Vaccination in the Punjab 1905-1918 - 1905-1918
Year: 1905
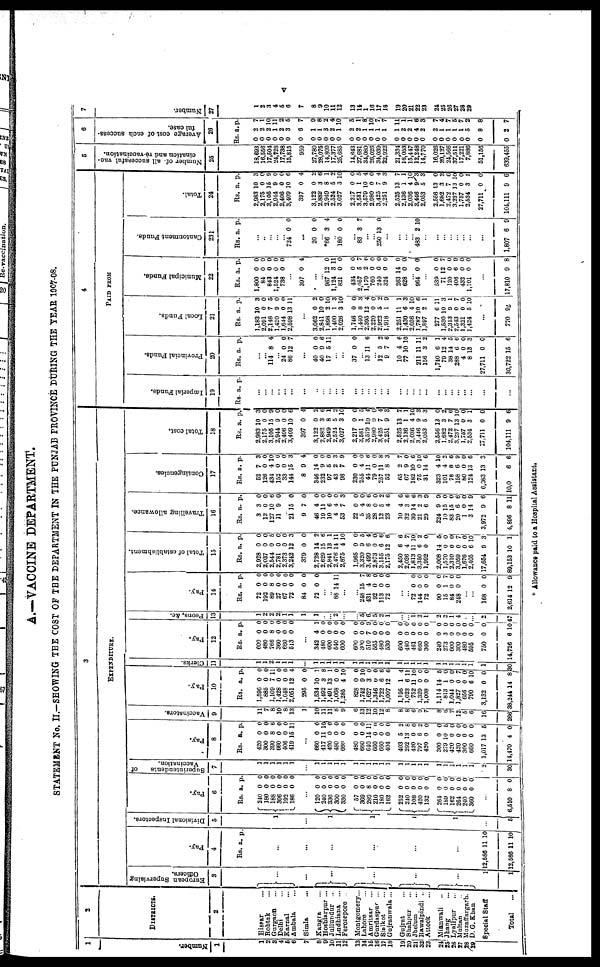
v
A.—VACCINE DEPARTMENT.
STATEMENT No. II.—SHOWING THE COST OF THE DEPARTMENT IN THE PUNJAB PROVINCE DURING THE YEAR 1907-08.
1
Number.
1
1
2
3
4
5
6
7
8
9
10
11
12
13
14
15
16
17
18
19
20
21
22
23
24
25
26
27
28
29
2
DISTRICTS.
2
Hissar ...
Rohtak ...
Gurgaon ...
Delhi ...
Karnal
...
Ambala ...
Simla ...
Kangra ...
Hoshiarpur ...
Jullundur ...
Ludhiana ...
Ferozepore ..
Montgomery...
Lahore ...
Amritsar ...
Gurdaspur ...
Sialkot ...
Gujranwala...
Gujrat ...
Shahpur ...
Jhelum ...
Rawalpindi ..
Attock ...
Mianwali ...
Jhang ...
Lyallpur ...
Multan ...
Muzaffargarh.
D. G. Khan
Special Staff
Total ...
3
EXPENDITURE.
European Supervising
Officers.
3
...
...
...
...
...
...
1
1
Pay.
4
Rs. a. p.
...
...
...
...
...
...
12,586
12,586
11
11
10
10
Divisional Inspectors.
5
1
...
1
1
1
1
...
5
Pay.
6
Rs.
240
180
188
306
192
186
a.
0
0
0
0
0
0
p.
0
0
0
0
0
0
...
120
240
330
300
330
57
360
280
210
180
162
252
240
105 420
132
264
160
162
264
240
360
0
0
0
0
0
0
0
8
0
0
0
0
0
0 0
0
0
0
0
0
0
0
0
0
0
0
0
0
0
0
0
0
0
0
0
0
0
0
0
0 0
0 0
0
...
6,610 8 0
Superintendents
of
Vaccination.
7
1
1
1
1
1
1
...
1
1
1
1
1
1
1
1
1
1
1
1
1
1
1
1
1
1 1 1
1
2
30
Pay.
8
Rs.
420
300
390
660
406
419
a.
0
0 8
0
0
15
p.
0
0
6
0
0
11
...
660
417
420
480
660
480
660
640
660
660
404
403
292
420 797
420
300
279
420
420
300
660
1,017
14,470
0
11
0
0
0
0
0
14
0
0
0
5
13
0 6
0
0
10
0
0
0
0
13
4
0
10
0
0
0
0
0
11 0
0
0
2
8
0
2
0
0
5
0
0
0
0
5
0
Vaccinators.
9
11
7
8
10
8
13
1
10
11
11
8
9
6
13
12
10
12
8
8
8
6
9
7
8
6
7
12
5
6
16
266
Pay.
10
Rs.
1,596
885
1,109
1,428
1,048
2,051
295
1,534
1,492
1,491
1,068
1,285
828
1,742
1,627
1,346
1,722
1,007
1,195
1,023
752
1,320
1,008
1,114
813
1,044
1,827
656
790
3,132
38,244
a.
0
0
7
0
0
12
0
10
3
13
0
4
0
9
3
0
6
12
1
6
11
0
0
14
1
0
0
0
0
0
14
p.
0
0
11
0
0
4
0
1
8
1
0
10
0
10
0
0
6
6
4
11
10
0
0
5
0
0
7
0
10
0
8
Clerks.
11
1
1
2
1
1
1
...
1
1
1
1
1
1
1
1
1
1
1
1
1
1 1
1
L
30
Pay.
12
Rs.
600
480
766
360
660
513
a.
0
0
8
0
0
0
p.
0
0
0
0 0
0
...
342
480
600
540
600
600
300
510
565
480
530
600
480
461
660
360
240
273
600
300
480
595
750
14,726
4
0
0
0
0
0
0
7
0
0
0
0
0
0
0
0
0
3
0
0
0
0
0
6
1
0
0
0
0
0
0
9
0
0
0
0
0
0
0
0
0
0
0
0
0
0
0
10
Peons, &c.
13
1
2
2
2
1
1
1
1
..
... 2
...
...
5
6
5
2
1
...
...
1
2
1
2
2
1
4
...
...
2
47
Pay.
14
Rs.
72
192
89
27
67
72
84
72
a.
0
0
8
0
0
0
0
0
p.
0
0 0
0
0
0
0
0
...
... 88 14 11
...
...
248
431
92
113
72
16
4
0
0
0
7
8
0
0
0
...
...
72
144
72
90
15
84
248
0
0
0
0
1
0
0
0
0
0
0
7
0
0
...
...
168
2,614
0
12
0
9
Total of establishment.
15
Rs.
2,928
2,037
2,544
2,781
2,373
3,242
379
2,728
2,629
2,841
2,476
2,875
1,965
3,320
3,499
2,873
3,155
2,175
2,450
2,036
1,813
3,350
1,992
2,008
1,570
2,310
3,059
1,676
2,405
17,654
89,153
a.
0
0
0
0
0
12
0
14
15
13
14
4
0
9
6
0
6
12
6
4
11
6
0
14
0
0
0
0
6
9
10
p.
0
0
5
0
0
3
0
2
6
1
11
10
0
5
4
0
6
6
6
7
10
2
0
5
0
0
7
0 10
3
1
Travelling allowance.
16
Rs.
3
12
127
11
21
9
46
19
10
4
53
22
5
35
28
12
23
10
32
39
21
29
224
10
83
20
1
3
3,972
4,896
a.
3
0
10
9
15
7
4
11
6
4
7
0
4
8
0
5
4
4
3
14
2
6
9
15
15
6
0
14
9
8
p.
0
0
6
0
0
0
0
0
0
0
3
0
0
6
0
2
6
0
6
6
3
9
9
0
0
6 0
9
6
11
Contingencies.
17
Rs.
52
126
434
152
33
144
8
346
232
97
43
98
230
255
44
79
257
52
65
67
182
75
31
323
101
78
158
80
124
6,083
10,0
a.
7
0
4
0
0
15
9
14
9
5
2
7
0
4
11
0
11
8
2
9
10
0
14
4
4
8
6
0
13
13
6
p.
3
0
10
0
0
3
4
0
0
0
3
9
0
0
6
0
8
3
7
0
6
10
6
10
2
6
9
0
6
3
6
Total cost.
18
Rs.
2,983
2,175
3,105
2,944
2,406
3,409
397
3,122
2,882
2,949
2,524
3,027
2,217
3,581
3,579
2,980
3,425
2,251
2,525
2,136
2,036
3,446
2,053
2,556
1,682
2,472
3,237
1,757
2,534
27,711
104,111
a.
10
0
15
9
0
10
0
0
3
8
5
3
0
1
10
0
7
9
13
1
4
9
6
13
3
7
13
0
3
0
9
p.
3
0
9
0
0
6
4
2
6
1
2
10
0
5
4
0
4
3
7
1
10
3
3
0
2
6
10
0
1
0
6
4
PAID FROM
Imperial Funds.
19
Rs a. p.
...
...
...
...
...
...
...
...
...
...
...
...
... ...
...
...
... ...
...
...
...
... ...
...
...
...
...
Provincial Funds.
20
Rs a. p.
114 8 4
... 24
86
0
12
0
7
...
40
40
17
0
9
6
0
6
11
...
...
37 0 0
... 13 11 6
... 12
9
10
77
5
7
4
10
2
6
6
10
... 211
156
1,740
79
38
288
4
8
27,711
30,722
11
3
6
12
14
6
0
13
0
15
11 2
1
4
5
6
0
3
0
6
Local Funds.
21
Rs.
1,183
2,091
2,148
1,420
1,644
2,598
a.
10
0
7
9
0
13
p.
3
0
5
0
0
11
...
3,062
2,841
1,898
1,400
2,026
1,746
1,440
2,395
2,220
2,922
1,918
2,251
1,430
2,036
1,787
1,897
277
1,530
2,313
2,543
1,321
1,424
0
10
2
1
3
0
8
12
0
5
1
11
6
4
10
2
6
10
9
0
0
5
2
0
10
3
10
0
3
4
0
2
9
1
3
10
6
1
11
3
1
7
0
10
...
770 92
Municipal Funds.
22
Rs.
1,800
84
843
1,524
738
a.
0
0
0
0
0
p.
0
0
0
0
0
...
397 0 4
...
... 967
1,124
821
434
2,057
1,170
760
240
324
263
628
12
3
0
0
5
2
0
0
0
14
0
0
11
0
0
7
6
0
0
0
0
0
... 964 0 0
...
539
71
120
406
432
1,101
0
12
0
6
0
0
0
7
0 9
0
0
...
17,810 9 8
Cantonment Funds.
23
Rs. a. p.
...
..
...
...
... 724 0 0
...
20 0 0
*66 3 4
.. 180 0 0
...
83 3 7
...
... 250 13 0
...
...
...
... 483 2 10
...
...
...
... ...
...
...
...
1,807 6 9
Total.
24
Rs.
2,983
2,175
3,106
2,944
2,406
3,409
397
3,122
2,888
2,949
2,524
3,027
2,217
3,681
3,579
2,980
3,425
2,251
2,525
2,136
2,036 3,446
2,053
2,556
1,682
2,472 3,237
1,757
2,534
27,711
104,111
a.
10
0
15
9
0
10
0
0
3
8
5
3
0
1
10
0
7 9
13
1
4 9
5
13
3
7 13
0
3
0
9
p.
3
0
9
0
0
6
4
2
6
1
2
10
0
0
4
0
4
3
7
1
10 3
3
0
2
6 10
0
1
0
6
5
Number of. all successful vac-
cination and re-vaccination.
25
18,693
16,556
17,604
24,728
17,738
15,815
959
27,780
28,076
14,809
17,377
25,685
14,643
27,681
34,080
26,026
34,039
22,922
21,334
16,053
15,447 12,248
14,770
16,026
20,127
24,566 37,611
17,221
7,886
51,156
639,455
6
Average cost of each success-
ful case.
26
Rs.
0
0
0
0
0
0
0
0
0
0
0
0
0
0
0
0
0
0
0
0
0 0
0
0
0
0 0
0
0
0
0
a
2
2
2
1
2
3
6
1
1
3
2
1
2
2
1
1
1
1
1
2
2 4
2
2
1
1 1
1
5
8
2
p.
7
1
10
11
2
5
7
9
8
2
4
10
5
1
8
10
7
7
11
1
1 6
3
7
4
7 5
7
2
8
7
7
Number.
27
1
2
3
4
5
6
7
8
9
10
11
12
13
14
15
16
17
18
19
20
21
22
23
24
25
26
27
28
29
* Allowance paid to a Hospital Assistant.